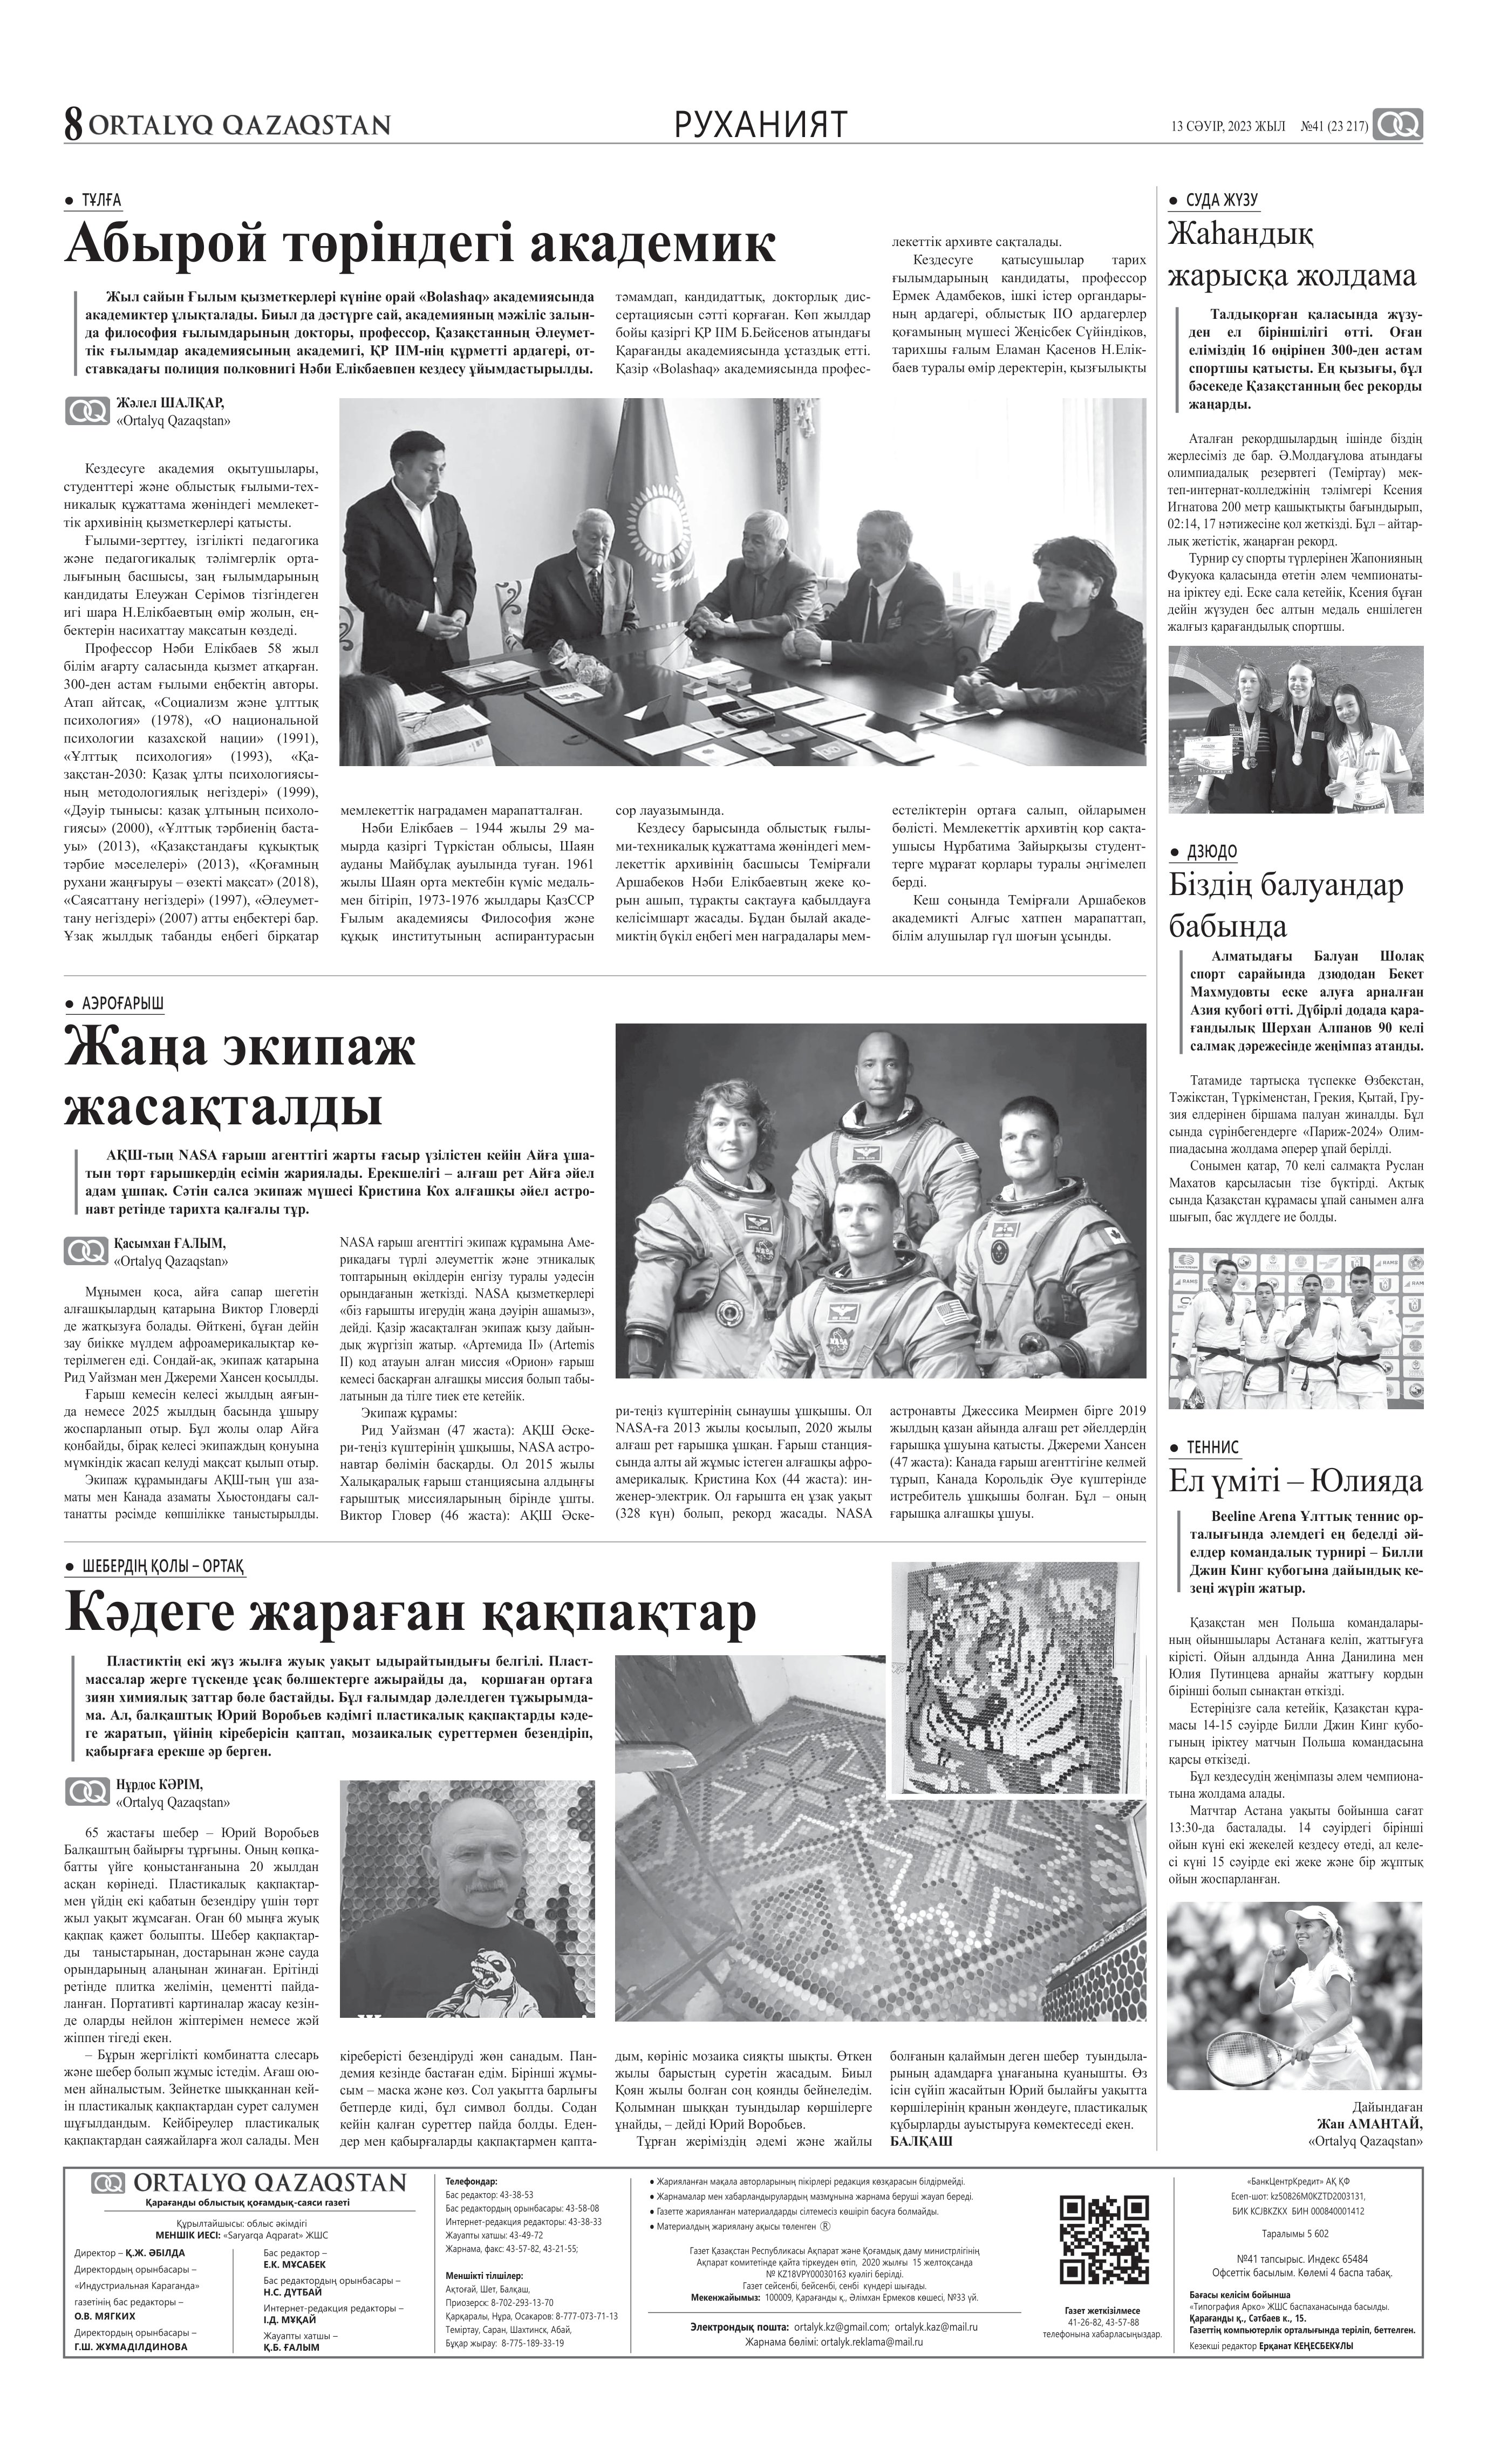
Language: kk